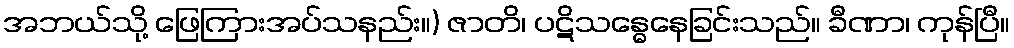
အဘယ်သို့ ဖြေကြားအပ်သနည်း။) ဇာတိ၊ ပဋိသန္ဓေနေခြင်းသည်။ ခီဏာ၊ ကုန်ပြီ။